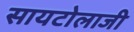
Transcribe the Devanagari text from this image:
सायटोलाजी